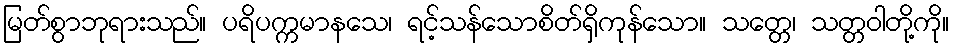
မြတ်စွာဘုရားသည်။ ပရိပက္ကမာနသေ၊ ရင့်သန်သောစိတ်ရှိကုန်သော။ သတ္တေ၊ သတ္တဝါတို့ကို။